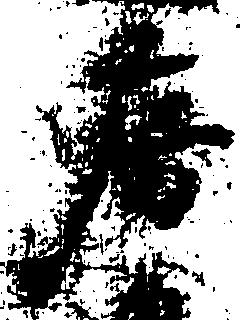
房